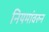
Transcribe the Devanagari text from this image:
नियमांवरुन